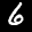
Label: 6